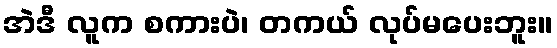
အဲဒီ လူက စကားပဲ၊ တကယ် လုပ်မပေးဘူး။